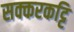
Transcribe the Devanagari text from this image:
सक्करकट्टि